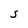
Character: S